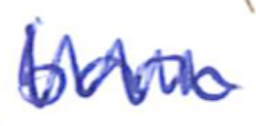
Text: born
Cross-out: zig-zag
Writing tool: ballpoint